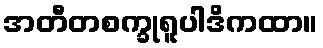
အတီတစက္ခုရူပါဒိကထာ။